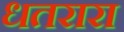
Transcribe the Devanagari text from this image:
धतरारा